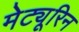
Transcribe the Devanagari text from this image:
मेट्यूरिन